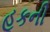
હૂકની